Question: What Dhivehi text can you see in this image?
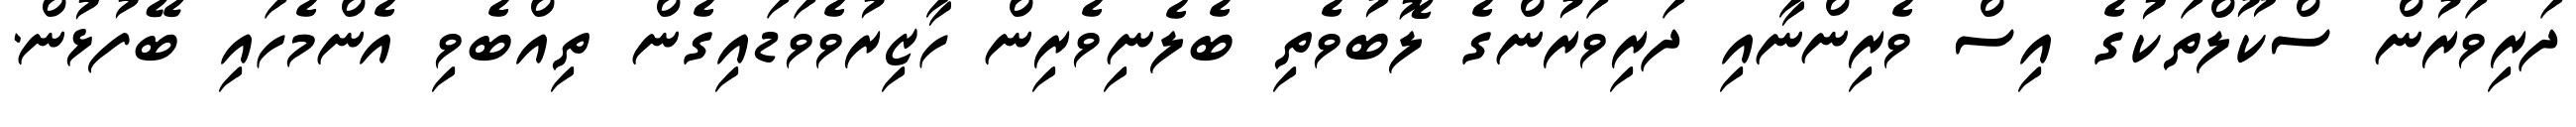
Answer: ދަރިވަރުން ސްކޫލްތަކުގެ އިސް ވެރިންނާއި ދަރިވަރުންގެ ލޮބުވެތި ބެލެނިވެރިން ހާޒިރުވެވަޑައިގެން ތިއްބެވި އެންމެހައި ބޭފުޅުން.